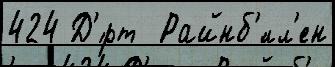
424 Д'́рт  Райнб'́лл'ен